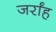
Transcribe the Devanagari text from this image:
जर्रांह